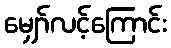
မျှော်လင့်ကြောင်း